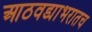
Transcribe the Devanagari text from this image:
आठवड्याभरातच